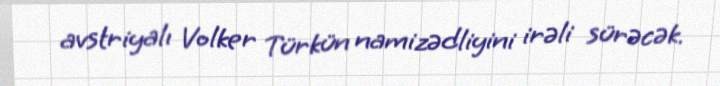
avstriyalı Volker Türkün namizədliyini irəli sürəcək.